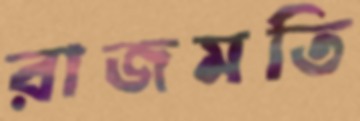
রাজমতি